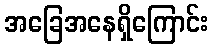
အခြေအနေရှိကြောင်း